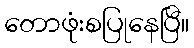
တောဖုံးစပြုနေပြီ။